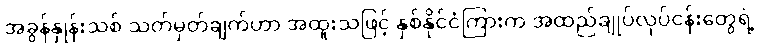
အခွန်နှုန်းသစ် သတ်မှတ်ချက်ဟာ အထူးသဖြင့် နှစ်နိုင်ငံကြားက အထည်ချုပ်လုပ်ငန်းတွေရဲ့